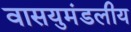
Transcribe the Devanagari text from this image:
वासयुमंडलीय